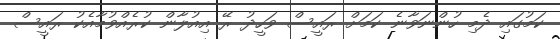
ކަމުގައި ދެމި ހުންނަވާނެ ކަމަށް ރައީސް ވަހީދު ރޭ އިއުލާން ކުރެއްވުމާއެކު ރައީސް